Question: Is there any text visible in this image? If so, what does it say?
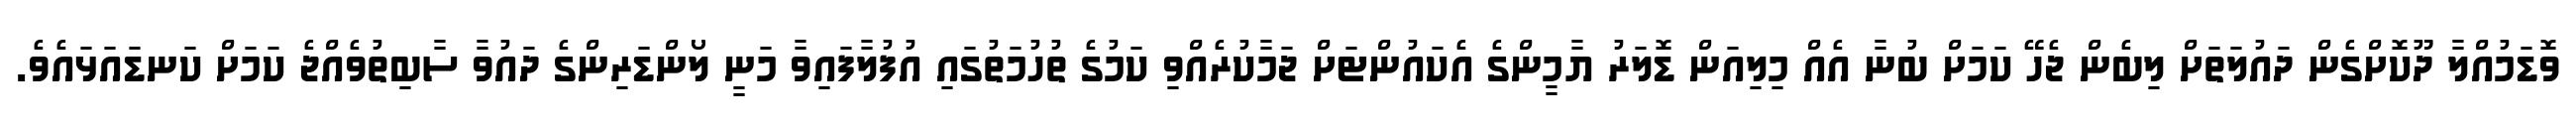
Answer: ވޮޑަމުއްލާ ދޫކޮށްގެން ދައުލަތަށް ލިބެން ޖެހޭ ކަމަށް ބުނާ އެއް މިލިއަން ޑޮލަރު ޔާމީންގެ އެކައުންޓަށް ޖަމާކުރެއްވި ކަމުގެ ތުހުމަތުގައި އުފުލާފައިވާ މަނީ ލޯންޑަރިންގެ ދައުވާ ސާބިތުވެއްޖެ ކަމަށް ކަނޑައަޅައެވެ.